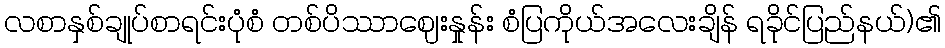
လစာနှစ်ချုပ်စာရင်းပုံစံ တစ်ပိဿာဈေးနှုန်း စံပြကိုယ်အလေးချိန် ရခိုင်ပြည်နယ်)၏